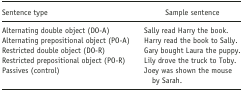
| Sentence type | Sample sentence |
 | --- | --- |
 | Alternating double object (DO-A) | Sally read Harry the book. |
 | Alternating prepositional object (PO-A) | Harry read the book to Sally. |
 | Restricted double object (DO-R) | Gary bought Laura the puppy. |
 | Restricted prepositional object (PO-R) | Lily drove the truck to Toby. |
 | Passives (control) | Joey was shown the mouse by Sarah. |